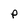
Character: P